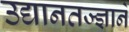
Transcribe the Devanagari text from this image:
उद्यानतज्ज्ञाने